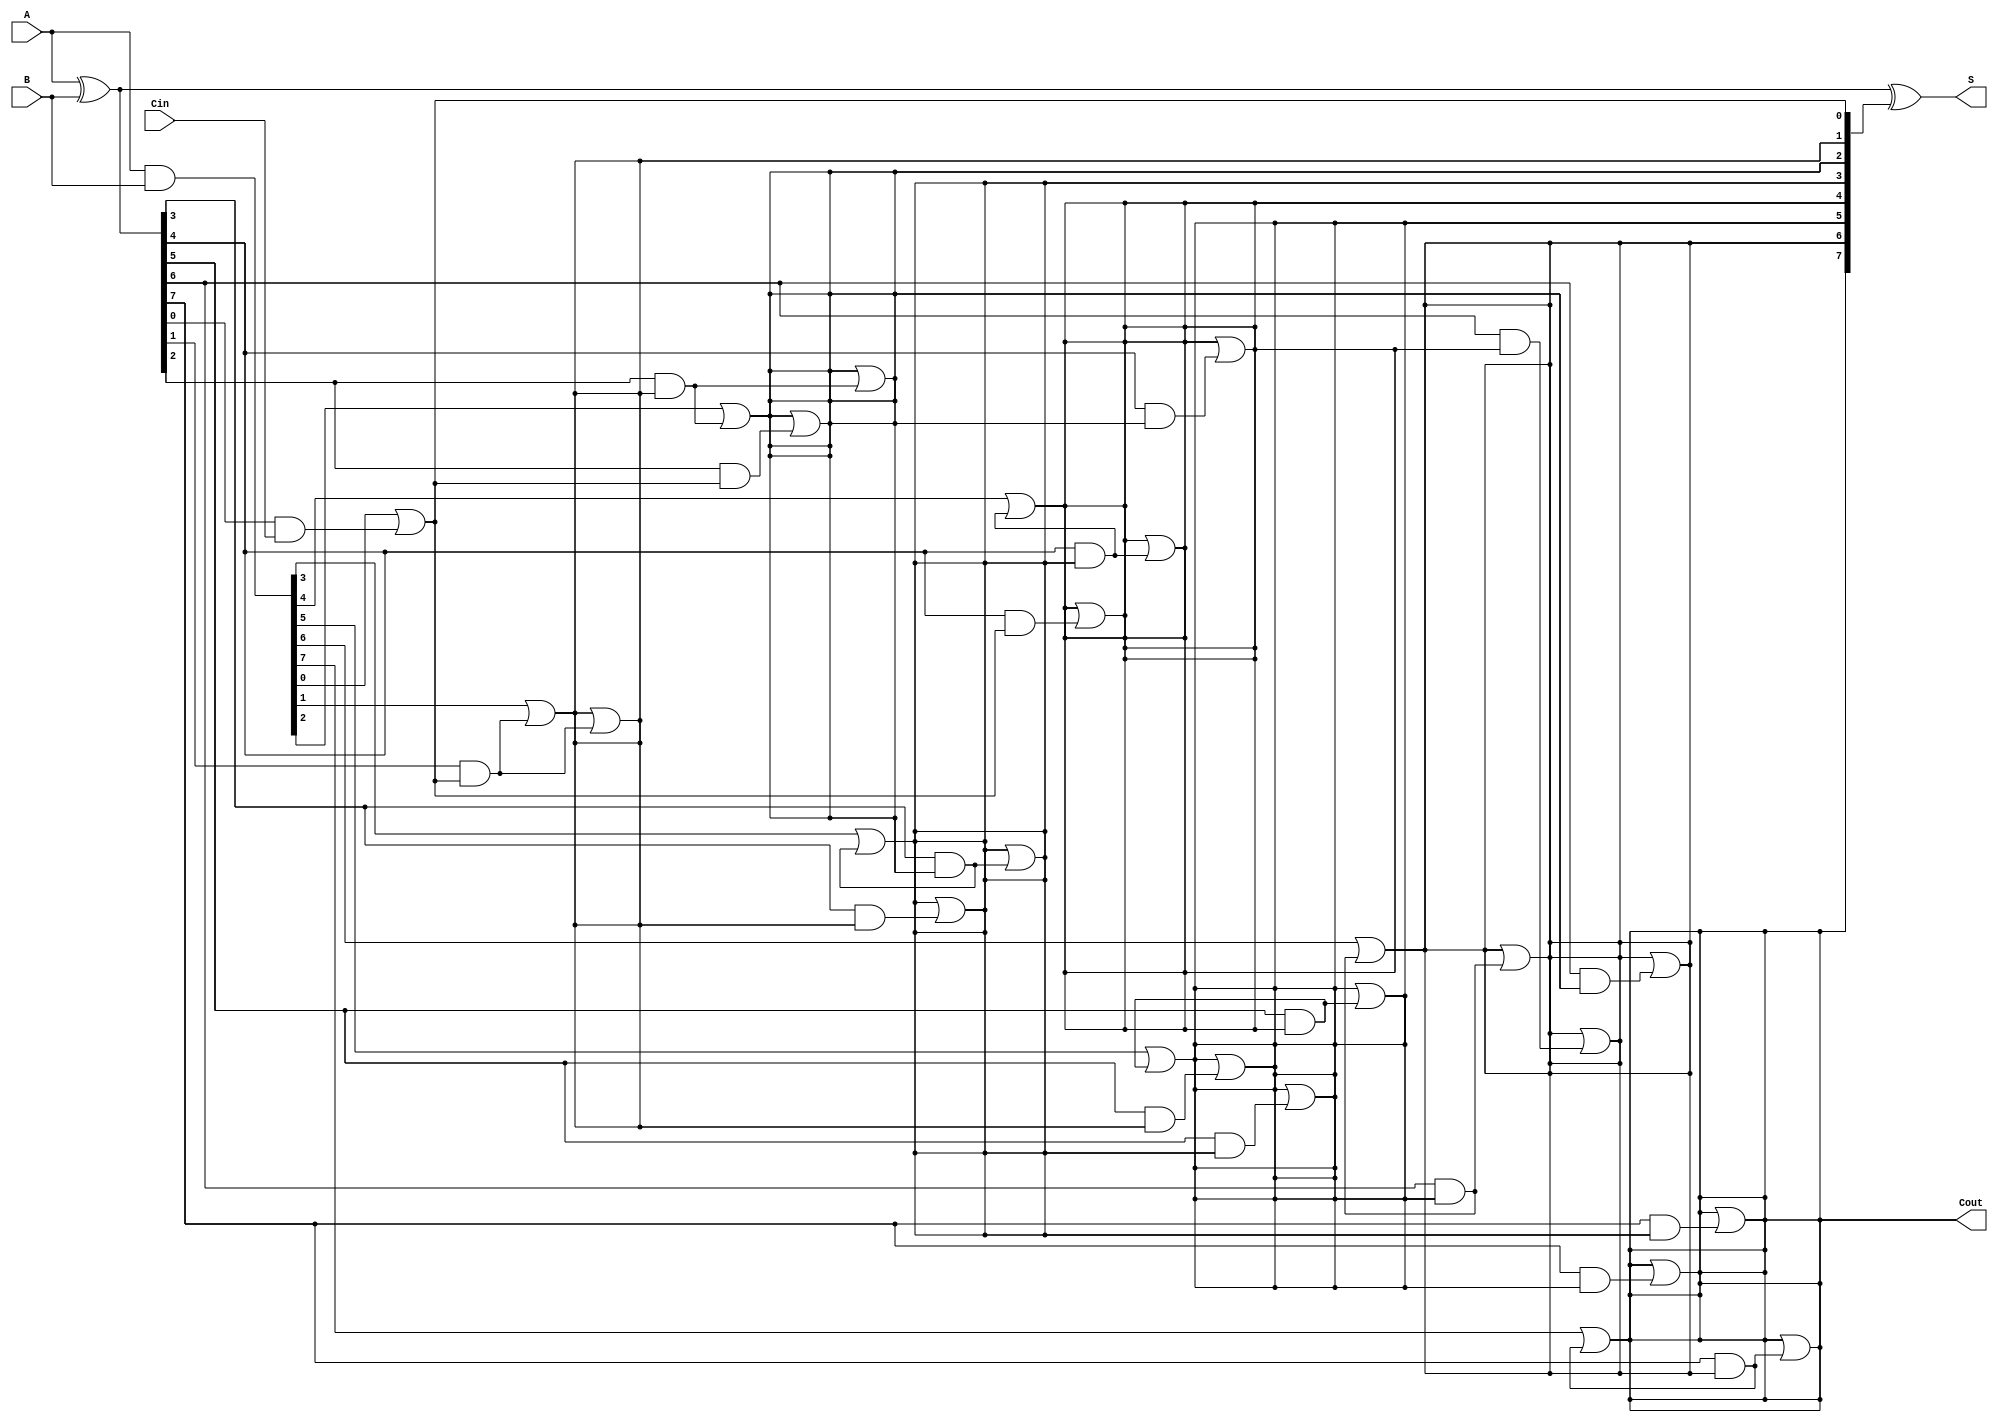
module brent_kung_adder #(parameter N = 8) (
    input  wire [N-1:0] A,      // First n-bit input
    input  wire [N-1:0] B,      // Second n-bit input
    input  wire Cin,             // Carry-in
    output wire [N-1:0] S,       // n-bit sum output
    output wire Cout             // Carry-out
);

    // Generate and Propagate signals
    wire [N-1:0] G; // Generate
    wire [N-1:0] P; // Propagate
    wire [N:0] C;   // Carry signals

    // Generate and Propagate Logic
    assign G = A & B;           // Generate
    assign P = A ^ B;           // Propagate
    assign C[0] = Cin;          // Initial carry-in

    // Brent-Kung Carry Generation
    genvar i, j;
    generate
        // First level of carry generation
        for (i = 0; i < N; i = i + 1) begin
            assign C[i+1] = G[i] | (P[i] & C[i]);
        end

        // Additional levels based on the Brent-Kung structure
        for (j = 1; j < N; j = j * 2) begin
            for (i = 0; i < N; i = i + 1) begin
                if (i >= j) begin
                    assign C[i+1] = C[i+1] | (P[i] & C[i - j + 1]);
                end
            end
        end
    endgenerate

    // Sum Calculation
    assign S = P ^ C[N:1]; // Sum bits
    assign Cout = C[N];    // Final carry-out

endmodule